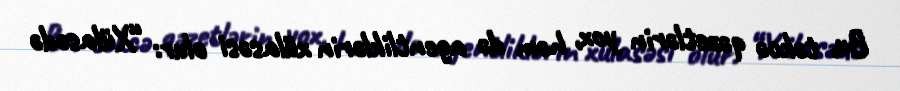
Bu, təkcə qəzetlərin yox, həm də agentliklərin xülasəsi olur: “Xülasədə